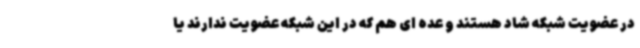
در عضویت شبکه شاد هستند و عده ای هم که در این شبکه عضویت ندارند یا